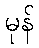
မုန်